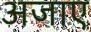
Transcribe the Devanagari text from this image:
अजाए